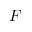
F